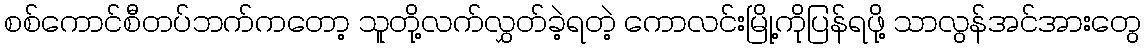
စစ်ကောင်စီတပ်ဘက်ကတော့ သူတို့လက်လွှတ်ခဲ့ရတဲ့ ကောလင်းမြို့ကိုပြန်ရဖို့ သာလွန်အင်အားတွေ